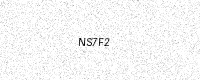
Text: NS7F2